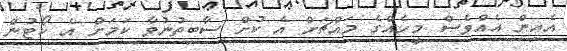
އެއިން އެއްވެސް މީހެއްގެ މައްޗަށް އެ ކުށް ސާބިތުނުވާ ކަމަށް އެ ކޯޓުން